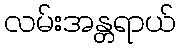
လမ်းအန္တရာယ်